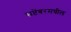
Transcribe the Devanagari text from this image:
सप्टेंबरमधील